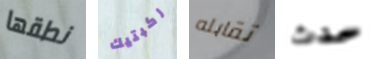
نطقها ركبتيك تقابله حدث